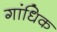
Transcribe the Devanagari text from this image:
गांधिक